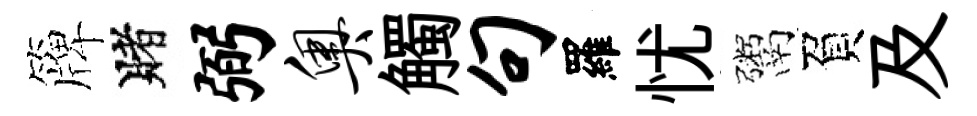
簰賭弼奥觸句羅忧鬻負及